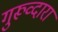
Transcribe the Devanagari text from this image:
गुरूव्‍दारा